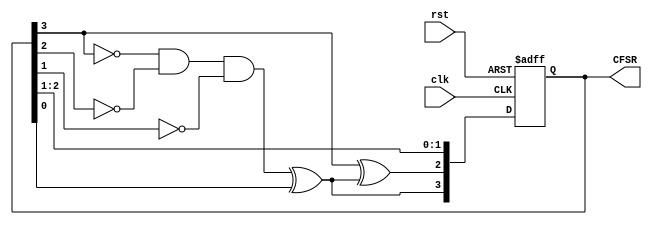
module CFSR4bit( //----> Interface
    output reg [3:0] CFSR, //System output
    input clk, // System clock
    input rst // Asynchronous reset
    );
wire feedback =((~CFSR[3])&(~CFSR[2])&(~CFSR[1]))^ CFSR[0];

always @(posedge clk, posedge rst)
	begin
		if (rst)           // Asynchronous clear
			CFSR <= 4'b1111; // Initial seed
		 else begin
		  CFSR[3] <= feedback; // Use non-blocking assignment
		  CFSR[2] <= CFSR[3] ^ feedback; // XOR GATE between feedback and first flipflop
		  CFSR[1] <= CFSR[2];
		  CFSR[0] <= CFSR[1];
		end
	end

endmodule